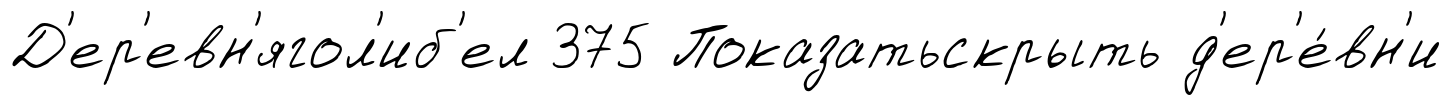
Д'ер'евн'ягол'иб'ел 375 Показатьскрыть д'ер'е́вн'и